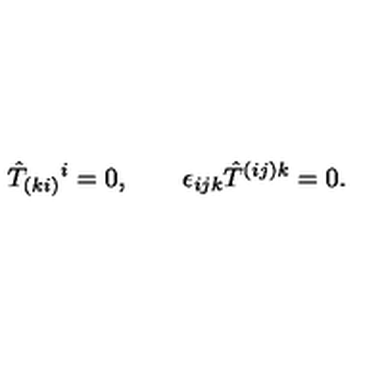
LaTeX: \hat { T } _ { ( k i ) } { } ^ { i } = 0 , \qquad \epsilon _ { i j k } \hat { T } ^ { ( i j ) k } = 0 .